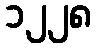
၁၂၂၈